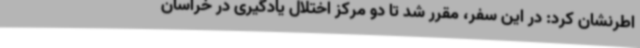
اطرنشان کرد: در این سفر، مقرر شد تا دو مرکز اختلال یادگیری در خراسان